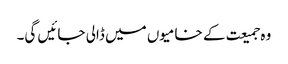
وہ جمیعت کے خامیوں میں ڈالی جائیں گی۔